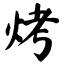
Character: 烤